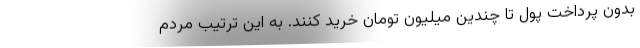
بدون پرداخت پول تا چندین میلیون تومان خرید کنند. به این ترتیب مردم